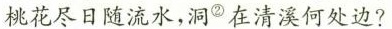
桃花尽日随流水，洞②在清溪何处边?